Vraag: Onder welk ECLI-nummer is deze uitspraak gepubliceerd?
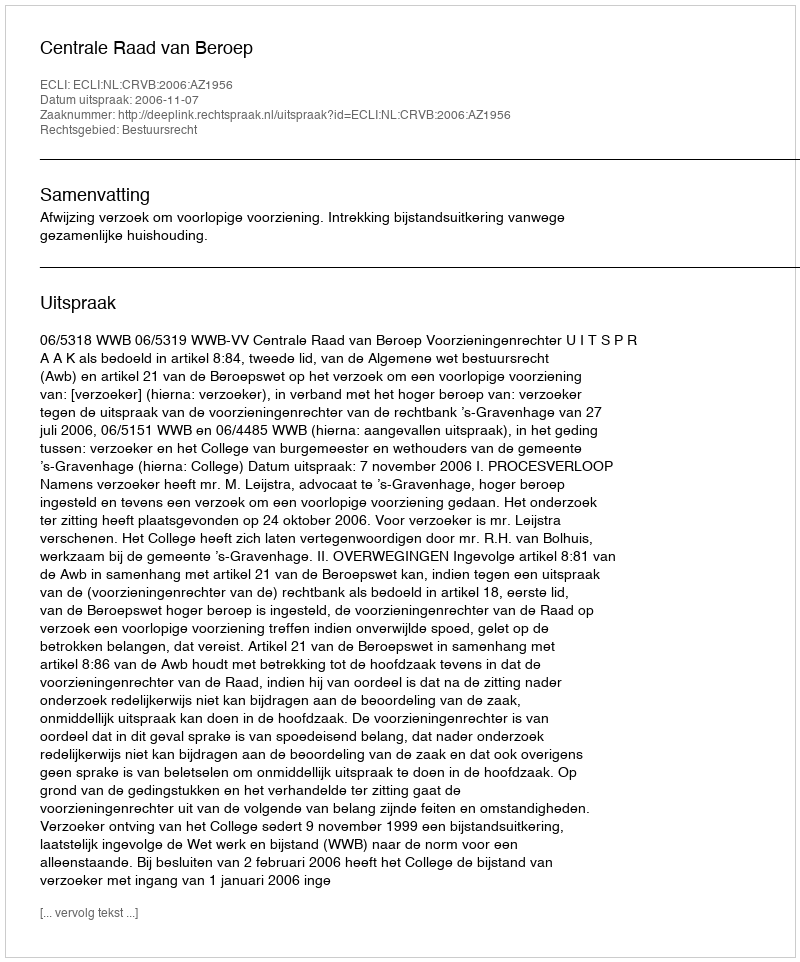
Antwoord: ECLI:NL:CRVB:2006:AZ1956